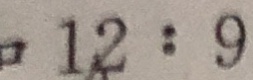
1 2 : 9